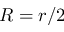
R = r / 2